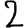
Digit: 2